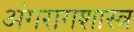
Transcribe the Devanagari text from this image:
अंगरागशास्त्र